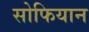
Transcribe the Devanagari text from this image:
सोफियान